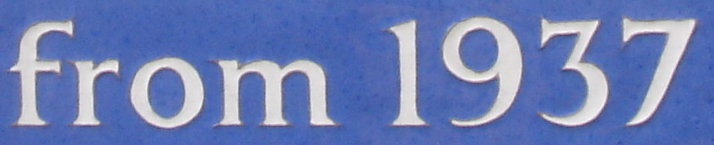
from 1937